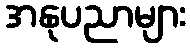
အနုပညာများ